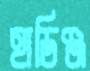
হাডিঞ্জ